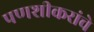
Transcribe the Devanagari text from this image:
पणशीकरांचे